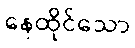
နေထိုင်သော